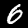
Label: 6